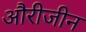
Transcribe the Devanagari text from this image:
औरीजीन